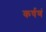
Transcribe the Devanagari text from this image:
कर्षणं